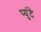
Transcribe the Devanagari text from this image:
प्युंटे